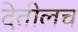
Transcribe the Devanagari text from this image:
देतीलच